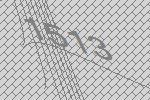
1513